Punjab Mental Hospital Lahore 1922-31 - 1922-1931
Year: 1922
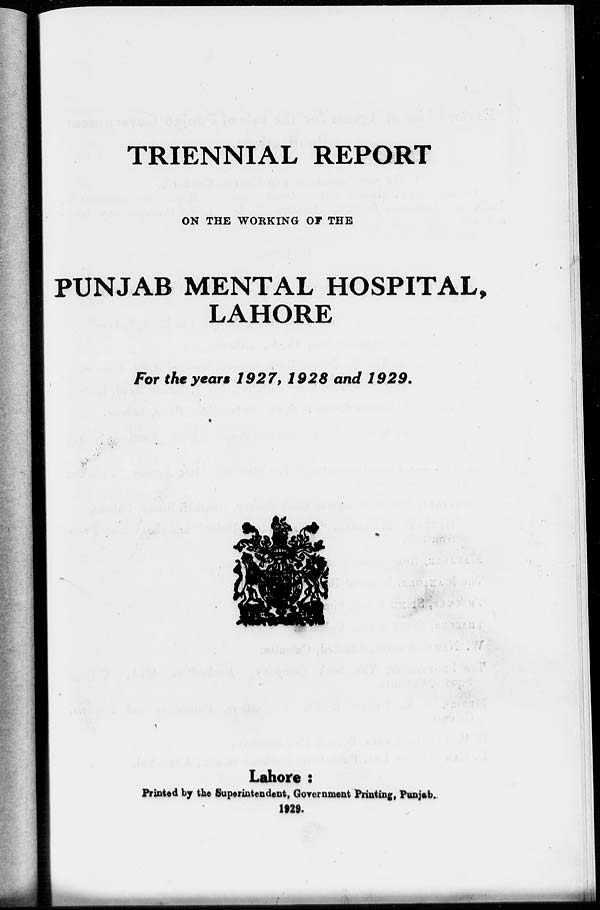
TRIENNIAL REPORT
ON THE WORKING OF THE
PUNJAB MENTAL HOSPITAL,
LAHORE
For the years 1927, 1928 and 1929.
Lahore:
Printed by the Superintendent, Government Printing, Punjab.
1929.